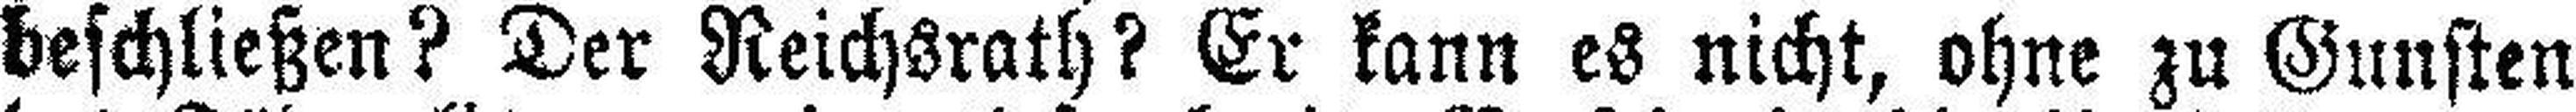
beschließen? Der Reichsrath? Er kann es nicht, ohne zu Gunsten